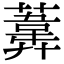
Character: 𦻪